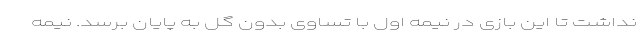
نداشت تا این بازی در نیمه اول با تساوی بدون گل به پایان برسد. نیمه